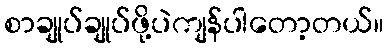
စာချုပ်ချုပ်ဖို့ပဲကျန်ပါတော့တယ်။